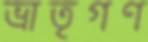
ভ্রাতৃগণ